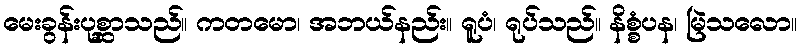
မေးခွန်းပုစ္ဆာသည်။ ကတမော၊ အဘယ်နည်း။ ရူပံ၊ ရုပ်သည်။ နိစ္စံပန၊ မြဲသလော။